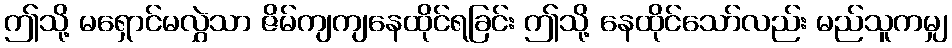
ဤသို့ မရှောင်မလွှဲသာ ဇိမ်ကျကျနေထိုင်ရခြင်း ဤသို့ နေထိုင်သော်လည်း မည်သူကမျှ